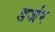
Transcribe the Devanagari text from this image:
डर्जर